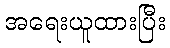
အရေးယူထားပြီး